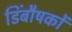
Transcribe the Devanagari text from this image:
डिंबौषकों